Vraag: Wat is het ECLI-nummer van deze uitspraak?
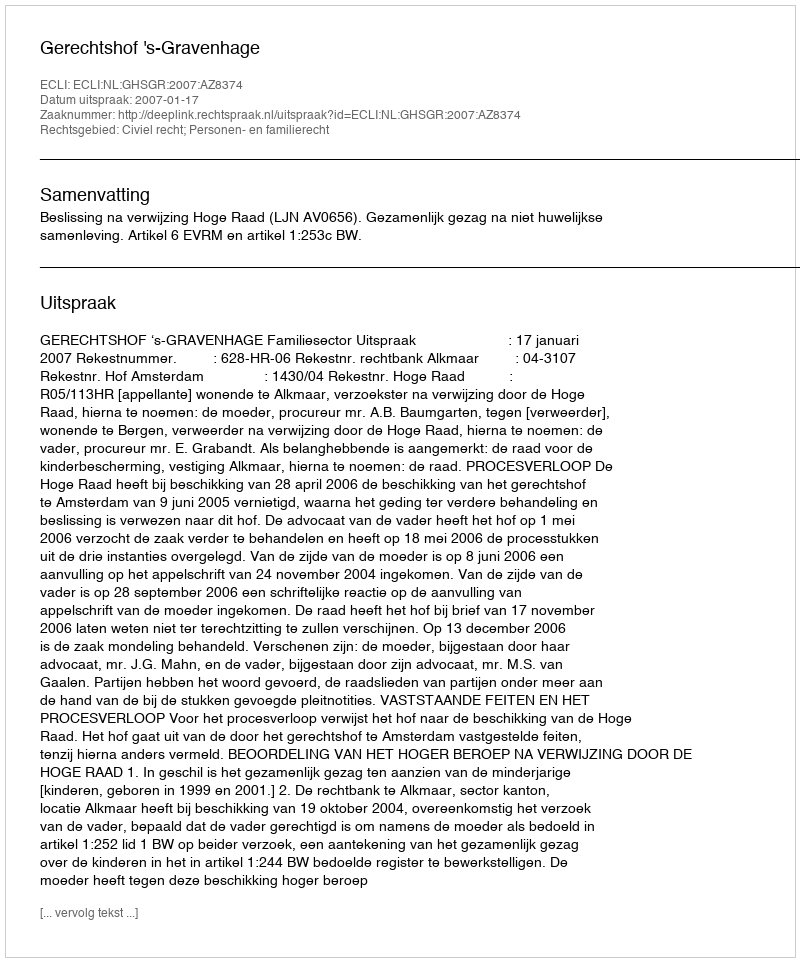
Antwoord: ECLI:NL:GHSGR:2007:AZ8374